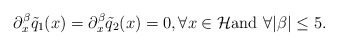
\begin{align*}\partial^\beta_x\tilde q_1(x)=\partial^\beta_x\tilde q_2(x)=0, \forall x\in \mathcal H\mbox{and}\,\,\forall\vert \beta\vert\le 5.\end{align*}